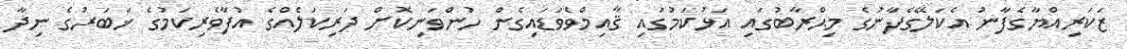
ޒަކަރިއްޔާގެފާނު އެކަލޭގެފާނުގެ މިޙްރާބުގައި އަޅުކަމުގައި ޤާއިމްވެވަޑައިގެން ހުންވަނިކޮށް ދަރިކަލެއްގެ އުފާވެރިކަމުގެ ޚަބަރުގެ ނިދާ